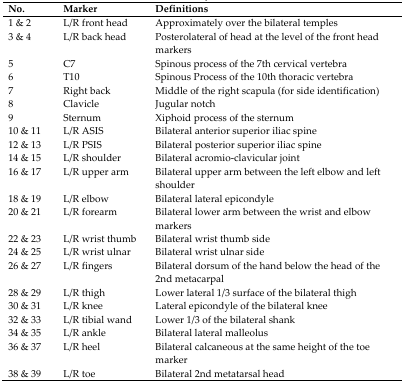
<table><thead><tr><td><b>No.</b></td><td><b>Marker</b></td><td><b>Definitions</b></td></tr></thead><tbody><tr><td>1 &amp; 2</td><td>L/R front head</td><td>Approximately over the bilateral temples</td></tr><tr><td>3 &amp; 4</td><td>L/R back head</td><td>Posterolateral of head at the level of the front head markers</td></tr><tr><td>5</td><td>C7</td><td>Spinous process of the 7th cervical vertebra</td></tr><tr><td>6</td><td>T10</td><td>Spinous Process of the 10th thoracic vertebra</td></tr><tr><td>7</td><td>Right back</td><td>Middle of the right scapula (for side identification)</td></tr><tr><td>8</td><td>Clavicle</td><td>Jugular notch</td></tr><tr><td>9</td><td>Sternum</td><td>Xiphoid process of the sternum</td></tr><tr><td>10 &amp; 11</td><td>L/R ASIS</td><td>Bilateral anterior superior iliac spine</td></tr><tr><td>12 &amp; 13</td><td>L/R PSIS</td><td>Bilateral posterior superior iliac spine</td></tr><tr><td>14 &amp; 15</td><td>L/R shoulder</td><td>Bilateral acromio-clavicular joint</td></tr><tr><td>16 &amp; 17</td><td>L/R upper arm</td><td>Bilateral upper arm between the left elbow and left shoulder</td></tr><tr><td>18 &amp; 19</td><td>L/R elbow</td><td>Bilateral lateral epicondyle</td></tr><tr><td>20 &amp; 21</td><td>L/R forearm</td><td>Bilateral lower arm between the wrist and elbow markers</td></tr><tr><td>22 &amp; 23</td><td>L/R wrist thumb</td><td>Bilateral wrist thumb side</td></tr><tr><td>24 &amp; 25</td><td>L/R wrist ulnar</td><td>Bilateral wrist ulnar side</td></tr><tr><td>26 &amp; 27</td><td>L/R fingers</td><td>Bilateral dorsum of the hand below the head of the 2nd metacarpal</td></tr><tr><td>28 &amp; 29</td><td>L/R thigh</td><td>Lower lateral 1/3 surface of the bilateral thigh</td></tr><tr><td>30 &amp; 31</td><td>L/R knee</td><td>Lateral epicondyle of the bilateral knee</td></tr><tr><td>32 &amp; 33</td><td>L/R tibial wand</td><td>Lower 1/3 of the bilateral shank</td></tr><tr><td>34 &amp; 35</td><td>L/R ankle</td><td>Bilateral lateral malleolus</td></tr><tr><td>36 &amp; 37</td><td>L/R heel</td><td>Bilateral calcaneous at the same height of the toe marker</td></tr><tr><td>38 &amp; 39</td><td>L/R toe</td><td>Bilateral 2nd metatarsal head</td></tr></tbody></table>